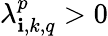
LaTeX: \lambda_{\mathbf{i},k,q}^{p}>0